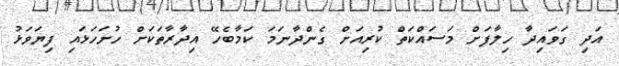
އަދި ގަވައިދާ ހިލާފަށް މަސައްކަތް ކުރިއަށް ގެންދާނަމަ ކަމާބެހޭ އިދާރާތަކަށް ހުށަހަޅައި ފިޔަވަޅު